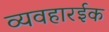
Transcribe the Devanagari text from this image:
व्यवहारईक